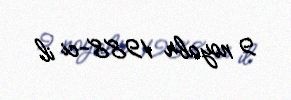
9 noyabr 1988-ci il